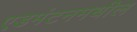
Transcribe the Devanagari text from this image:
एडमंटनमधील